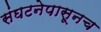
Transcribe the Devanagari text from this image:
संघटनेपासूनच